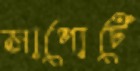
সাপোর্টে